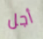
أجل